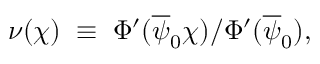
\nu ( \chi ) \; \equiv \; \Phi ^ { \prime } ( \overline { { \psi } } _ { 0 } \chi ) / \Phi ^ { \prime } ( \overline { { \psi } } _ { 0 } ) ,